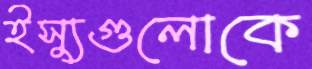
ইস্যুগুলোকে